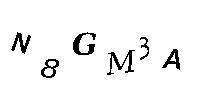
N8GM3A